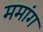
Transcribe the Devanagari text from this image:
ममांग